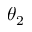
\theta _ { 2 }